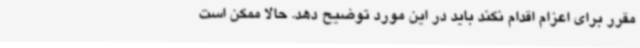
مقرر برای اعزام اقدام نکند باید در این مورد توضیح دهد. حالا ممکن است